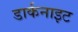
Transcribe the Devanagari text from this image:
डार्कनाइट